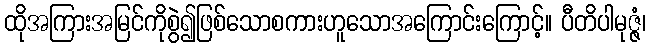
ထိုအကြားအမြင်ကိုစွဲ၍ဖြစ်သောစကားဟူသောအကြောင်းကြောင့်။ ပီတိပါမုဇ္ဇံ၊